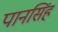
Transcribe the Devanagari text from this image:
पानसिंह